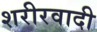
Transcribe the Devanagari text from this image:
शरीरवादी